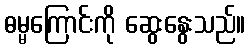
ဓမ္မကြောင်းကို ဆွေးနွေးသည်။